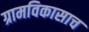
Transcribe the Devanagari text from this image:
ग्रामविकासाच